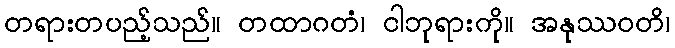
တရားတပည့်သည်။ တထာဂတံ၊ ငါဘုရားကို။ အနုဿဝတိ၊